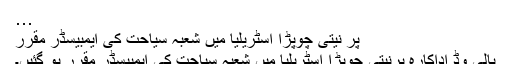
…
پر نیتی چوپڑا آسٹریلیا میں شعبہ سیاحت کی ایمبیسڈر مقرر
بالی وڈ اداکارہ پرنیتی چوپڑا آسٹریلیا میں شعبہ سیاحت کی ایمبیسڈر مقرر ہو گئیں۔